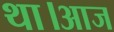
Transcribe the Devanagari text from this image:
था।आज